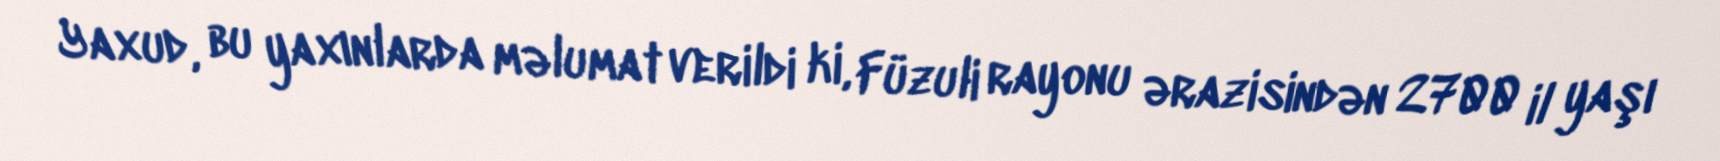
Yaxud, bu yaxınlarda məlumat verildi ki, Füzuli rayonu ərazisindən 2700 il yaşı